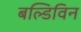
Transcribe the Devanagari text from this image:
बल्डिविन